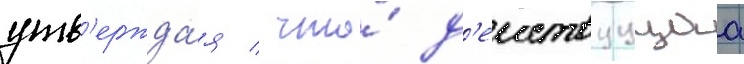
утв'ержда́я / что́ д'еиствуущаа